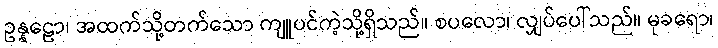
ဥန္နဠော၊ အထက်သို့တက်သော ကျူပင်ကဲ့သို့ရှိသည်။ စပလော၊ လျှပ်ပေါ်သည်။ မုခရော၊